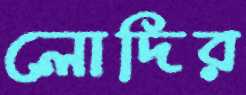
লোদির